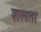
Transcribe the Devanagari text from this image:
शलता